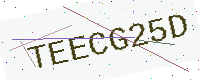
Text: TEECG25D